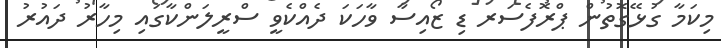
މިކަމާ ގުޅޭގޮތުން ޕްރޮފެސަރ ޑި ޒޯއިސާ ވާހަކަ ދެއްކެވީ ސްރީލަންކާގައި މިހާރު ދައުރު